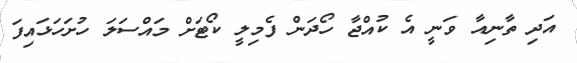
އަދި ތާނިއާ ވަނީ އެ ކުއްޖާ ހޯދަން ފެމިލީ ކޯޓަށް މައްސަލަ ހުށަހަޅައިފަ